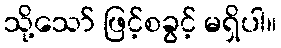
သို့သော် ဖြင့်စခွင့် မရှိပါ။